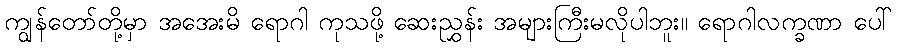
ကျွန်တော်တို့မှာ အအေးမိ ရောဂါ ကုသဖို့ ဆေးညွှန်း အများကြီးမလိုပါဘူး။ ရောဂါလက္ခဏာ ပေါ်